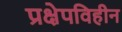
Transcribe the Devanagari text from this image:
प्रक्षेपविहीन